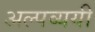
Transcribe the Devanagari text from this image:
अल्पव्ययी